Indian journal of veterinary science and animal husbandry - Volume 9,
Year: 1939
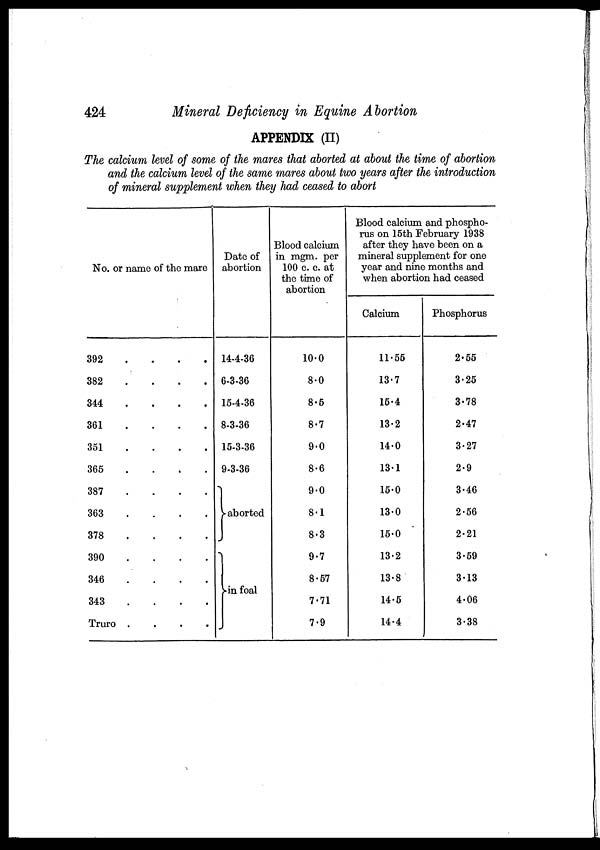
424
Mineral Deficiency in Equine Abortion
APPENDIX (II)
The calcium level of some of the mares that aborted at about the time of abortion
and the calcium level of the same mares about two years after the introduction
of mineral supplement when they had ceased to abort
No. or name of the mare
392 . . . .
382 . . . .
344 . . . .
361 . . . .
351 . . . .
365 . . . .
387 . . . .
363 . . . .
378 . . . .
390 . . . .
346 . . . .
343 . . . .
Truro . . . .
Date of
abortion
14-4-36
6-3-36
15-4-36
8-3-36
15-3-36
9-3-36
aborted
in foal
Blood calcium
in mgm. per
100 c. c. at
the time of
abortion
10.0
8.0
8.5
8.7
9.0
8.6
9.0
8.1
8.3
9.7
8.57
7.71
7.9
Blood calcium and phospho-
rus on 15th February 1938
after they have been on a
mineral supplement for one
year and nine months and
when abortion had ceased
Calcium
11.55
13.7
15.4
13.2
14.0
13.1
15.0
13.0
15.0
13.2
13.8
14.5
14.4
Phosphorus
2.55
3.25
3.78
2.47
3.27
2.9
3.46
2.56
2.21
3.59
3.13
4.06
3.38